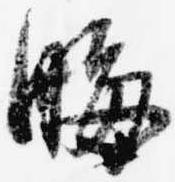
晦